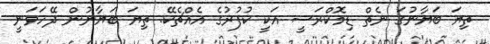
ތިޔަ ބަޔާނުގަ ނެތް ޑިމޮކްރަސީ އަކީ ކުފުރުގެ އެއްޗެކޭ. ތިޔަ ބަޔާނުން ދޭހަވަނީ